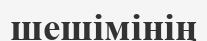
шешімінің